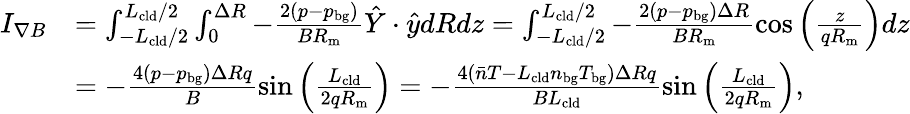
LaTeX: \begin{array}{rl}{I_{\nabla B}}&{=\int_{-L_{\mathrm{cld}}/2}^{L_{\mathrm{cld}}/2}\int_{0}^{\Delta R}-\frac{2(p-p_{\mathrm{bg}})}{BR_{\mathrm{m}}}\hat{Y}\cdot\hat{y}dRdz=\int_{-L_{\mathrm{cld}}/2}^{L_{\mathrm{cld}}/2}-\frac{2(p-p_{\mathrm{bg}})\Delta R}{BR_{\mathrm{m}}}\cos{\left(\frac{z}{qR_{\mathrm{m}}}\right)}dz}\\ &{=-\frac{4(p-p_{\mathrm{bg}})\Delta Rq}{B}\sin{\left(\frac{L_{\mathrm{cld}}}{2qR_{\mathrm{m}}}\right)}=-\frac{4(\bar{n}T-L_{\mathrm{cld}}n_{\mathrm{bg}}T_{\mathrm{bg}})\Delta Rq}{BL_{\mathrm{cld}}}\sin{\left(\frac{L_{\mathrm{cld}}}{2qR_{\mathrm{m}}}\right)},}\end{array}